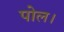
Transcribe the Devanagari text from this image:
पोल।